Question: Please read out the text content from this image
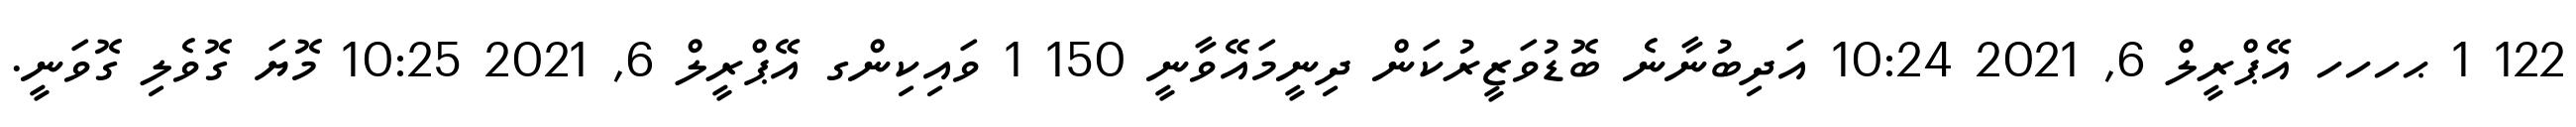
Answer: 122 1 ޙހހހ އޭޕްރީލް 6, 2021 10:24 އަދިބުނާނެ ބޮޑުވަޒީރުކަން ދިނީމައޭވާނީ 150 1 ވައިކިންގ އޭޕްރީލް 6, 2021 10:25 މޮޔަ ގޮވެލި ގޮވަނީ.